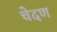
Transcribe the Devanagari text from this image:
चेदण